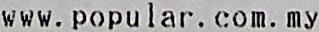
WWW.POPULAR.COM.MY